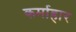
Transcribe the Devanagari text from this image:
कर्माहार